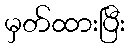
မှတ်ထားပြီး